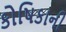
કોષિકાની